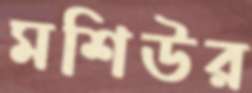
মশিউর